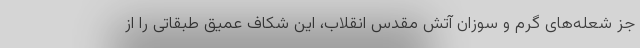
جز شعله‌های گرم و سوزان آتش مقدس انقلاب، این شکاف عمیق طبقاتی را از